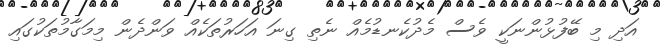
އަދި މި ބޭފުޅުންނަކީ ވެސް މެދުކެނޑުމެއް ނެތި ގިނަ އަހަރުތަކެއް ވަންދެން މިމަގާމުތަކުގައި